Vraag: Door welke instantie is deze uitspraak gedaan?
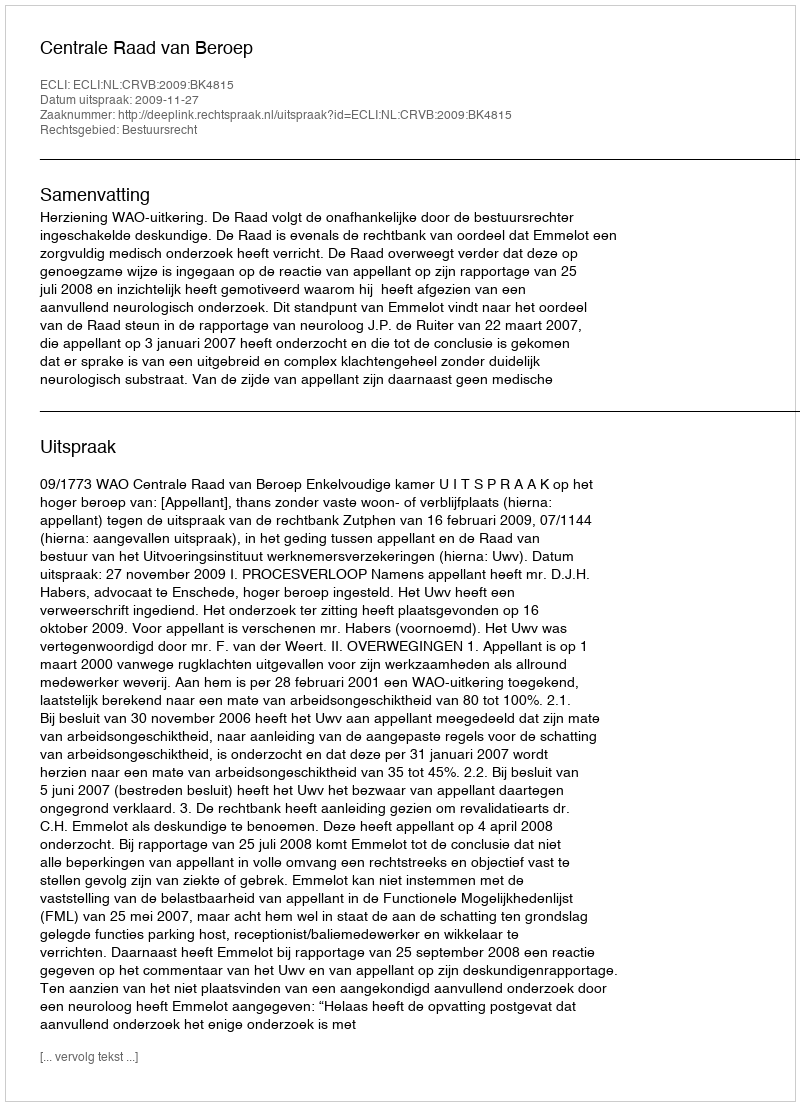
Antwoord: Centrale Raad van Beroep